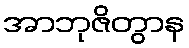
အာဘုဇိတွာန